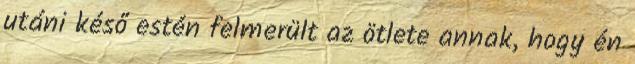
utáni késő estén felmerült az ötlete annak, hogy én